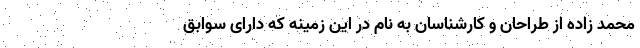
محمد زاده از طراحان و کارشناسان به نام در این زمینه که دارای سوابق